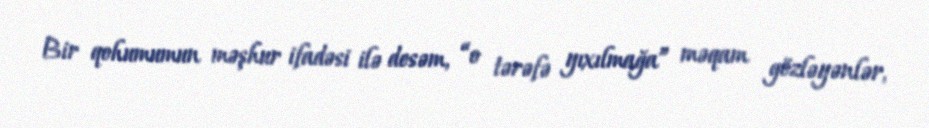
Bir qohumumun məşhur ifadəsi ilə desəm, “o tərəfə yıxılmağa” məqam gözləyənlər,